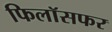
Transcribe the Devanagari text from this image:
फिलॉसफर